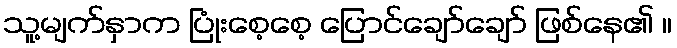
သူ့မျက်နှာက ပြုံးစေ့စေ့ ပြောင်ချော်ချော် ဖြစ်နေ၏ ။